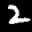
Label: 2